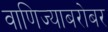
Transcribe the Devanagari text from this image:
वाणिज्याबरोबर